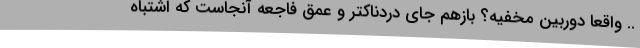
.. واقعا دوربین مخفیه؟ بازهم جای دردناکتر و عمق فاجعه آنجاست که اشتباه